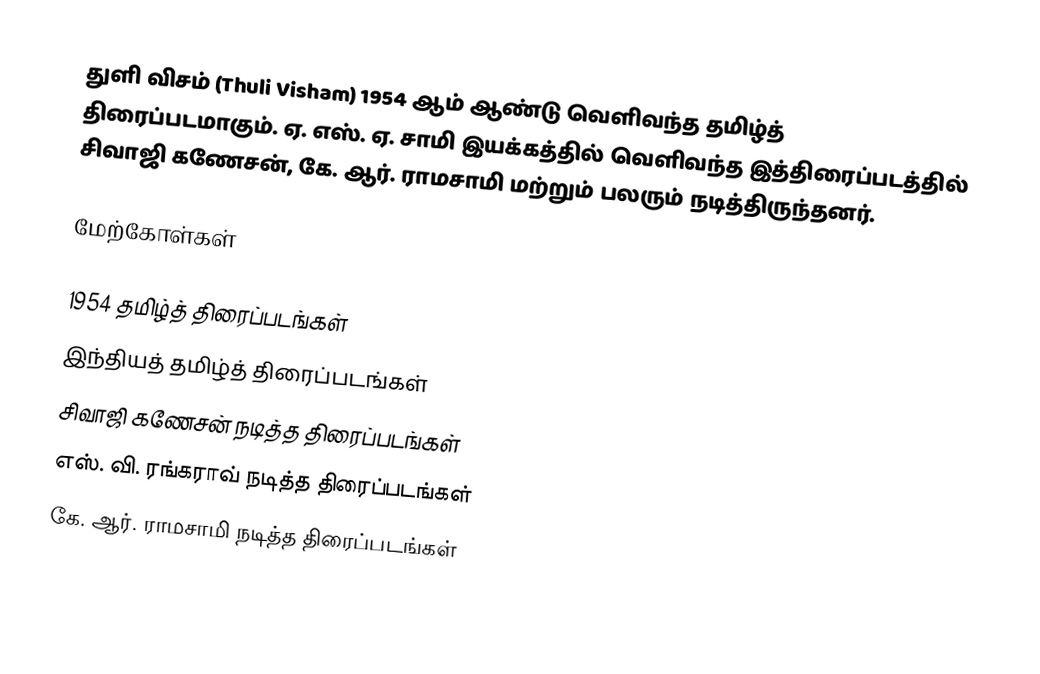
துளி விசம் (Thuli Visham) 1954 ஆம் ஆண்டு வெளிவந்த தமிழ்த் திரைப்படமாகும். ஏ. எஸ். ஏ. சாமி இயக்கத்தில் வெளிவந்த இத்திரைப்படத்தில் சிவாஜி கணேசன், கே. ஆர். ராமசாமி மற்றும் பலரும் நடித்திருந்தனர்.

மேற்கோள்கள்

1954 தமிழ்த் திரைப்படங்கள்
இந்தியத் தமிழ்த் திரைப்படங்கள்
சிவாஜி கணேசன் நடித்த திரைப்படங்கள்
எஸ். வி. ரங்கராவ் நடித்த திரைப்படங்கள்
கே. ஆர். ராமசாமி நடித்த திரைப்படங்கள்